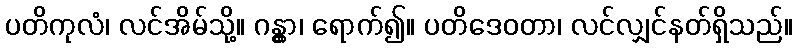
ပတိကုလံ၊ လင်အိမ်သို့။ ဂန္တွာ၊ ရောက်၍။ ပတိဒေဝတာ၊ လင်လျှင်နတ်ရှိသည်။